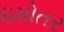
ધમોતર